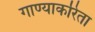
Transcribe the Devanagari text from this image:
गाण्याकरिता